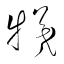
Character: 犧